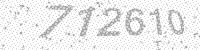
Solution: 712610